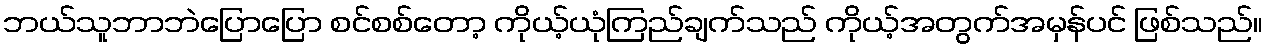
ဘယ်သူဘာဘဲပြောပြော စင်စစ်တော့ ကိုယ့်ယုံကြည်ချက်သည် ကိုယ့်အတွက်အမှန်ပင် ဖြစ်သည်။